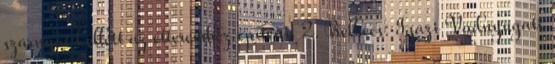
szárnyat kellett az étteremhez építeni. 2. Belbecs: Igazi Vadnyugati